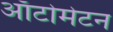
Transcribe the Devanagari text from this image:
ऑटोमेटन